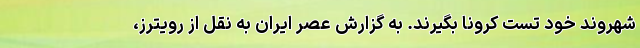
شهروند خود تست کرونا بگیرند. به گزارش عصر ایران به نقل از رویترز،